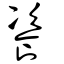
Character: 餈